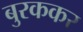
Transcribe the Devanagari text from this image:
बुरककर